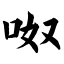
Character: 呶